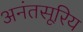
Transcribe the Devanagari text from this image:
अनंतसूरिय